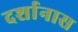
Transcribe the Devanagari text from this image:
दर्शानास